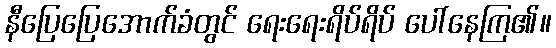
နီပြေပြေအောက်ခံတွင် ရေးရေးရိပ်ရိပ် ပေါ်နေကြ၏။